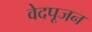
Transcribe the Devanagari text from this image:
वेदपूजन